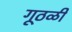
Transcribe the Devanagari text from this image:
गूठळी